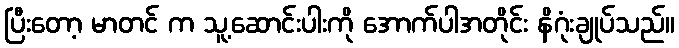
ပြီးတော့ မာတင် က သူ့ဆောင်းပါးကို အောက်ပါအတိုင်း နိဂုံးချုပ်သည်။